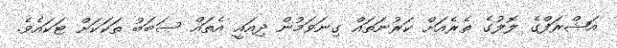
އަޝްރަފްގެ ލޮލުގެ ތެރެއަށް ކަރުނަތައް ގިނަވަމުން ދިއައީ އެތައް ސަބަބު ތަކަކަށް ޓަކައެވެ.